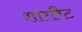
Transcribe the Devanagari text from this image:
शारलैट